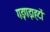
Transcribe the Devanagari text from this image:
गड़गड़ाहटों